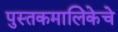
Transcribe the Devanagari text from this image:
पुस्तकमालिकेचे